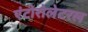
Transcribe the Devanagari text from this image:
एंटोरोलेटरल